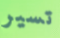
تسير